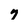
Character: 7